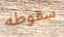
سقوطه